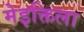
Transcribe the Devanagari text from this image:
मेइक्तिला